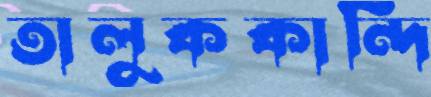
তালুককান্দি